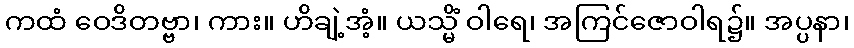
ကထံ ဝေဒိတဗ္ဗာ၊ ကား။ ဟိချဲ့အံ့။ ယသ္မိံ ဝါရေ၊ အကြင်ဇောဝါရ၌။ အပ္ပနာ၊